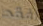
افقد